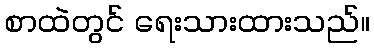
စာထဲတွင် ရေးသားထားသည်။